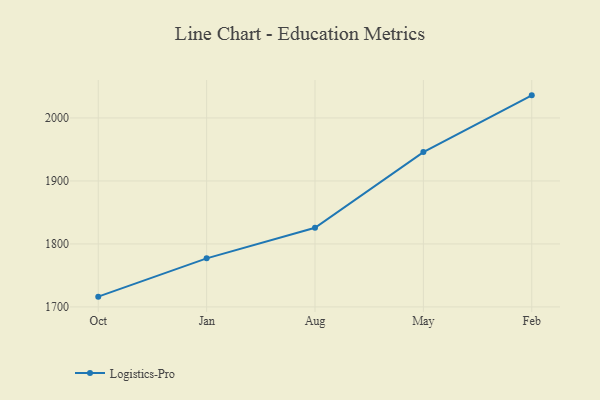
{"axis": {"x": "Month", "y": "Production Output"}, "legend": ["Logistics-Pro"], "data": [{"x": "Oct", "y": 1716.3, "type": "Logistics-Pro"}, {"x": "Jan", "y": 1777.1, "type": "Logistics-Pro"}, {"x": "Aug", "y": 1825.7, "type": "Logistics-Pro"}, {"x": "May", "y": 1945.8, "type": "Logistics-Pro"}, {"x": "Feb", "y": 2035.9, "type": "Logistics-Pro"}]}